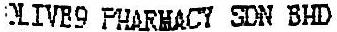
OLIVE9 PHARMACY SDN BHD